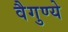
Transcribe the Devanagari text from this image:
वैगुण्ये